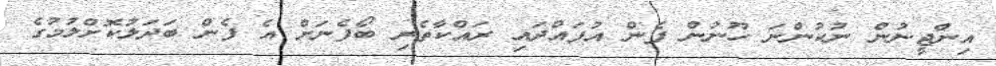
އިންޖީނުން ނުކުންނަ ހޫނުން ފެން އުފައްދައި ރައްކާތެރި ބޯފެނަށް އެ ފެން ބަދަލުކޮށްލުމުގެ